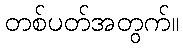
တစ်ပတ်အတွက်။